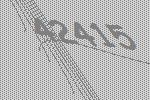
42415